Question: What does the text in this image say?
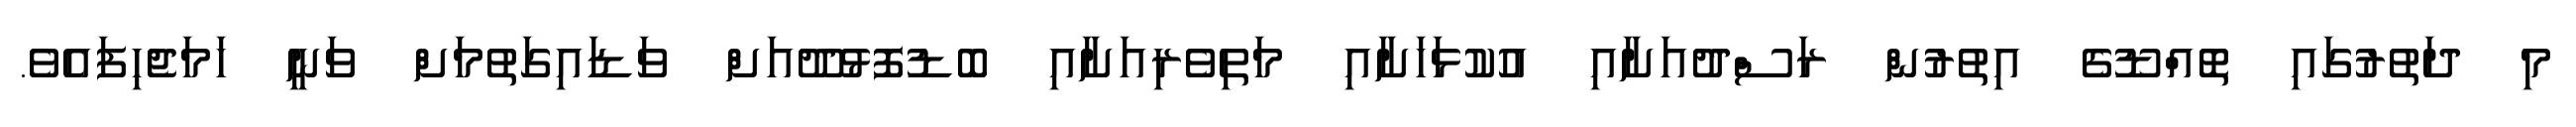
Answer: މި ދަތުރުގައި ތޮއްޑޫގެ އިތުރުން ރަސްދުއަށާއި އުކުޅަހަށާއި މަތިވެރިއަށާއި ބޮޑުފޮޅުދޫއަށް ވަޑައިގަތުމަށް ވަނީ ހަމަޖެހިފައެވެ.